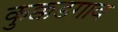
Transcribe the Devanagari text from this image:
कुक्कडगाव